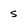
Character: 5